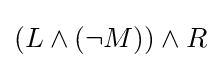
(L\land (\lnot M))\land R